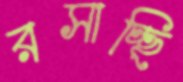
রসাচ্ছি